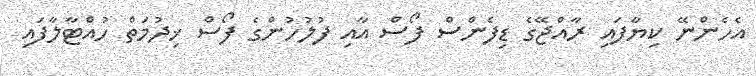
އެހެންނޭ ކިޔާފައި ރާއްޖޭގެ ޑިފެންސް ފޯސް އާއި ފުލުހުންގެ ފޯސް ޚިދުމަތް ހުއްޓާލާފައި